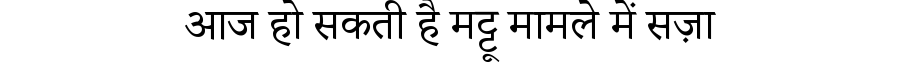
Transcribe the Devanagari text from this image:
आज हो सकती है मट्टू मामले में सज़ा